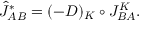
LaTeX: { \hat { J } } _ { A B } ^ { \ast } = ( - D ) _ { K } \circ J _ { B A } ^ { K } .